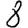
Digit: 8